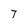
Character: T